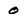
Character: 0